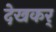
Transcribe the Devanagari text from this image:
देखकर्